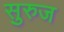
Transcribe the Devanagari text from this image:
सुरुज